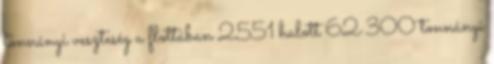
tonnányi veszteség a flottában 2551 halott 62 300 tonnányi